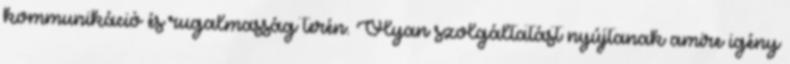
kommunikáció és rugalmasság terén. Olyan szolgáltatást nyújtanak amire igény